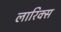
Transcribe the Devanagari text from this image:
लारिक्स